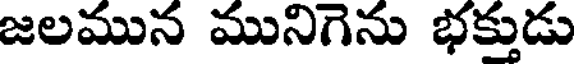
జలమున మునిగెను భక్తుడు